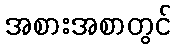
အစားအစာတွင်